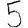
Digit: 5